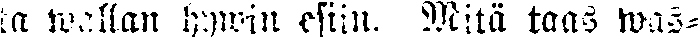
ta wallan hywin esiin. Mitä taas was-